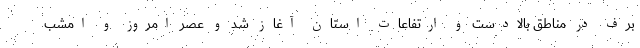
برف در مناطق بالادست و ارتفاعات استان آغاز شد و عصر امروز و امشب